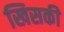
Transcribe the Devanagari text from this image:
खिसकी